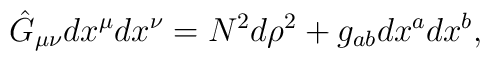
\hat{G}_{\mu\nu}dx^{\mu} dx^{\nu} = N^2d\rho^2 + g_{ab}dx^a dx^b,